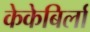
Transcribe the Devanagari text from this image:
केकेबिर्ला